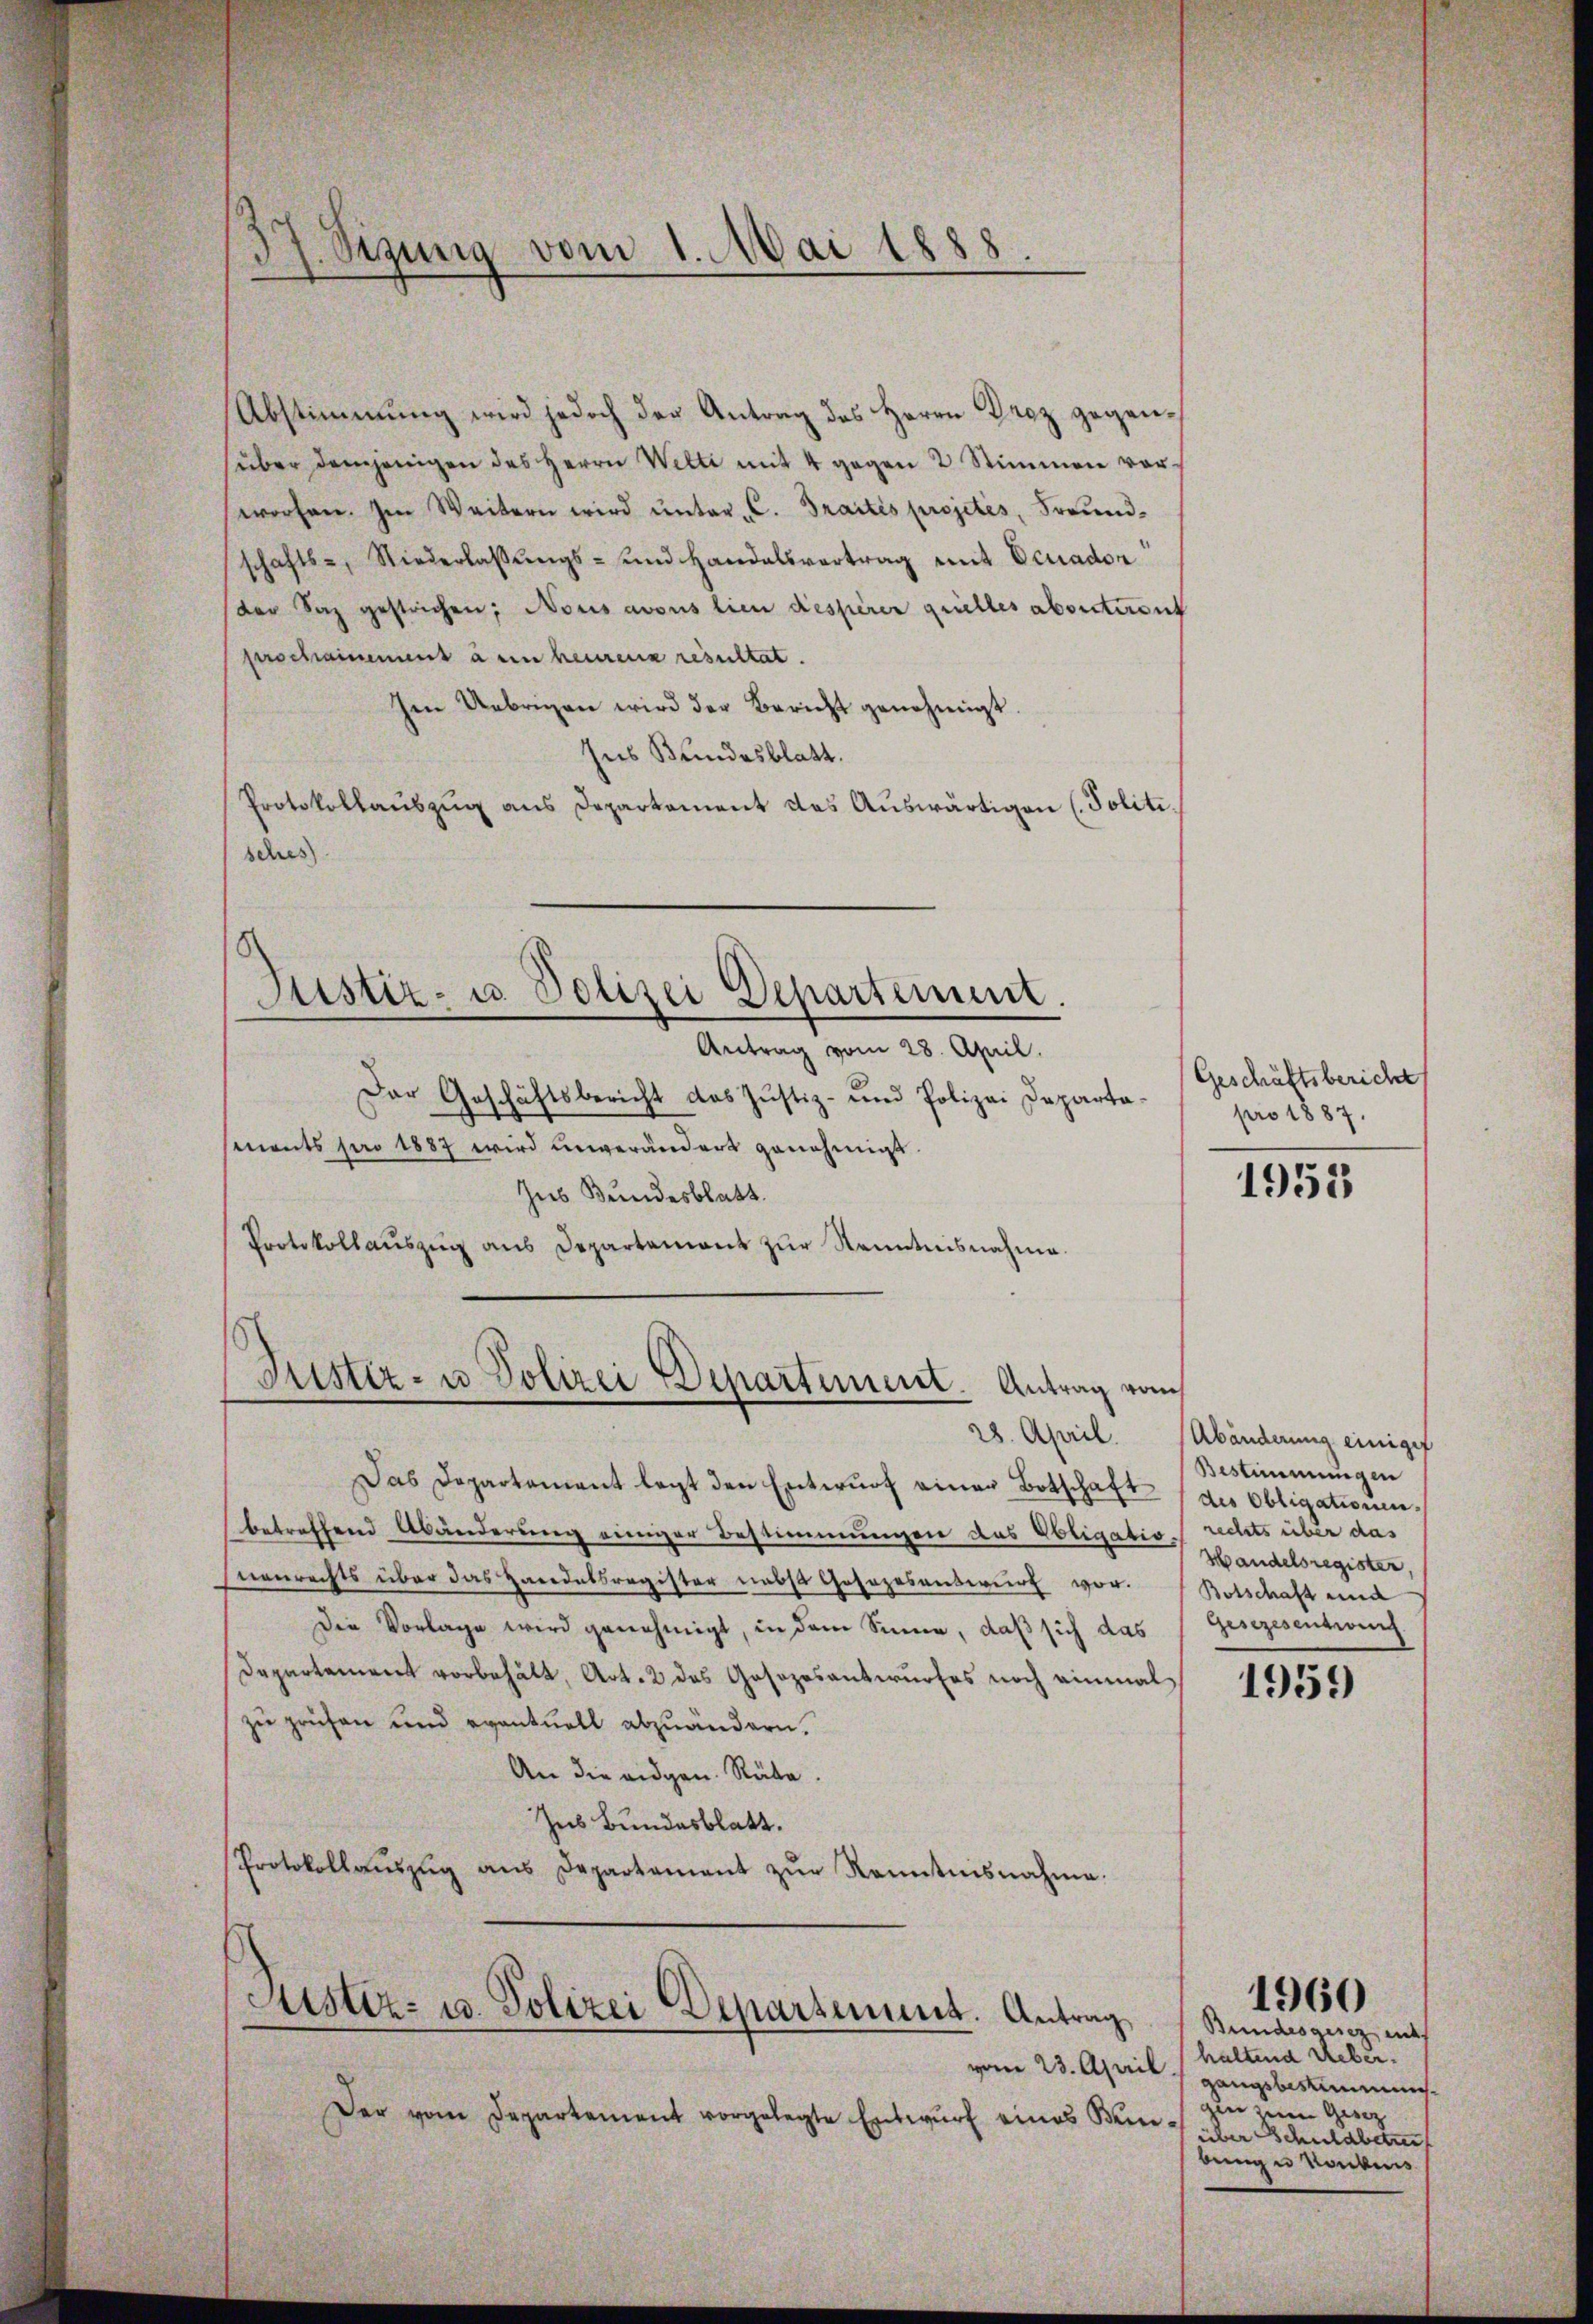
37. Sizung vom 1. Mai 1888

Abstimmung wird jedoch der Antrag des Herrn Droz gegenüber demjenigen des Herrn Welti mit 4 gegen 2 Stimmen vor-
worfen. Im Weitern wird ŭnter C. Traités projetés, Freund-
schafts-, Niederlassŭngs- und Handelsvertrag mit Ocuadon
der Saz gestrichen; Nous avous lien desserer grielles abseiteront
ferschainement à en heurenz resultat.
Im Uebrigen wird der Bericht genehmigt.
Ins Bundesblatt.
Protokollauszug aus Departement das Auswärtigen (Politisches

Antrag vom 28. April.
Der Geschäftsbericht das Justiz- und Polizei Departaments pro 1887 wird unverändert genehmigt.
Jus Bundesblatt.
Protokollaŭszŭg ans Departamant zŭr Kenntnisnahme.

Justiz- u. Polizei Departement.

Das Departamant legt den Entwŭrf einer Botschaft (des Obligatione.
betreffend Abänderung einiger Bestimmungen das Obligatio rechts über das
nenrechts über das Handelsregister nebst Gesezesauswurf vor. Botschaft und
Die Vorlage wird genehmigt, in dem Sinne, daß sich das Gesezesentwerf
Departement vorbehält, Art. 2 das Gasozosantwurfes noch einmal
zu prüfen und eventuell abzuändern.
An die eidgen. Rübe.
Ins Bundesblatt.
Protokollaŭszŭg aŭs Departament zŭr Kenntnisnahme.

Justiz- u Polizei Departement. Antrag vom

Justiz- u. Polizei Departement. Antrag,

Der vom Departement vorgelegte Entwŭrf eines Kin-

Geschäftsbericht
pro 1887.

1953

28. April. Abänderung einiger
Bestimmungen
Handelsregister

1959

Bundesgesez ents
haltend Ueber.
vom 23. April 1 gangsbestimmuns.
gin zum Gesez
über Schuldbetre
bung u Raubens

1960